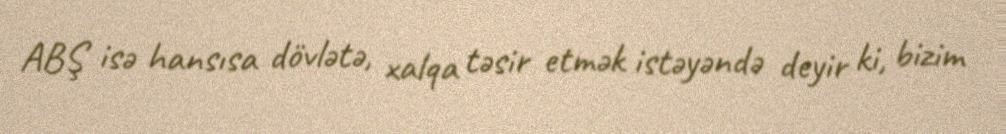
ABŞ isə hansısa dövlətə, xalqa təsir etmək istəyəndə deyir ki, bizim